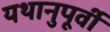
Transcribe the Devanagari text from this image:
यथानुपूर्वी